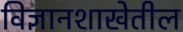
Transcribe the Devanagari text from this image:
विज्ञानशाखेतील